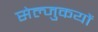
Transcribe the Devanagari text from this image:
सेल्जुकयों